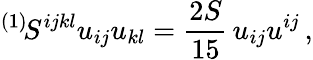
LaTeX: {}^{(1)}\! S^{ijkl}u_{ij}u_{kl}=\frac{2S}{15}\, u_{ij}u^{ij}\, ,